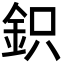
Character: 鉙